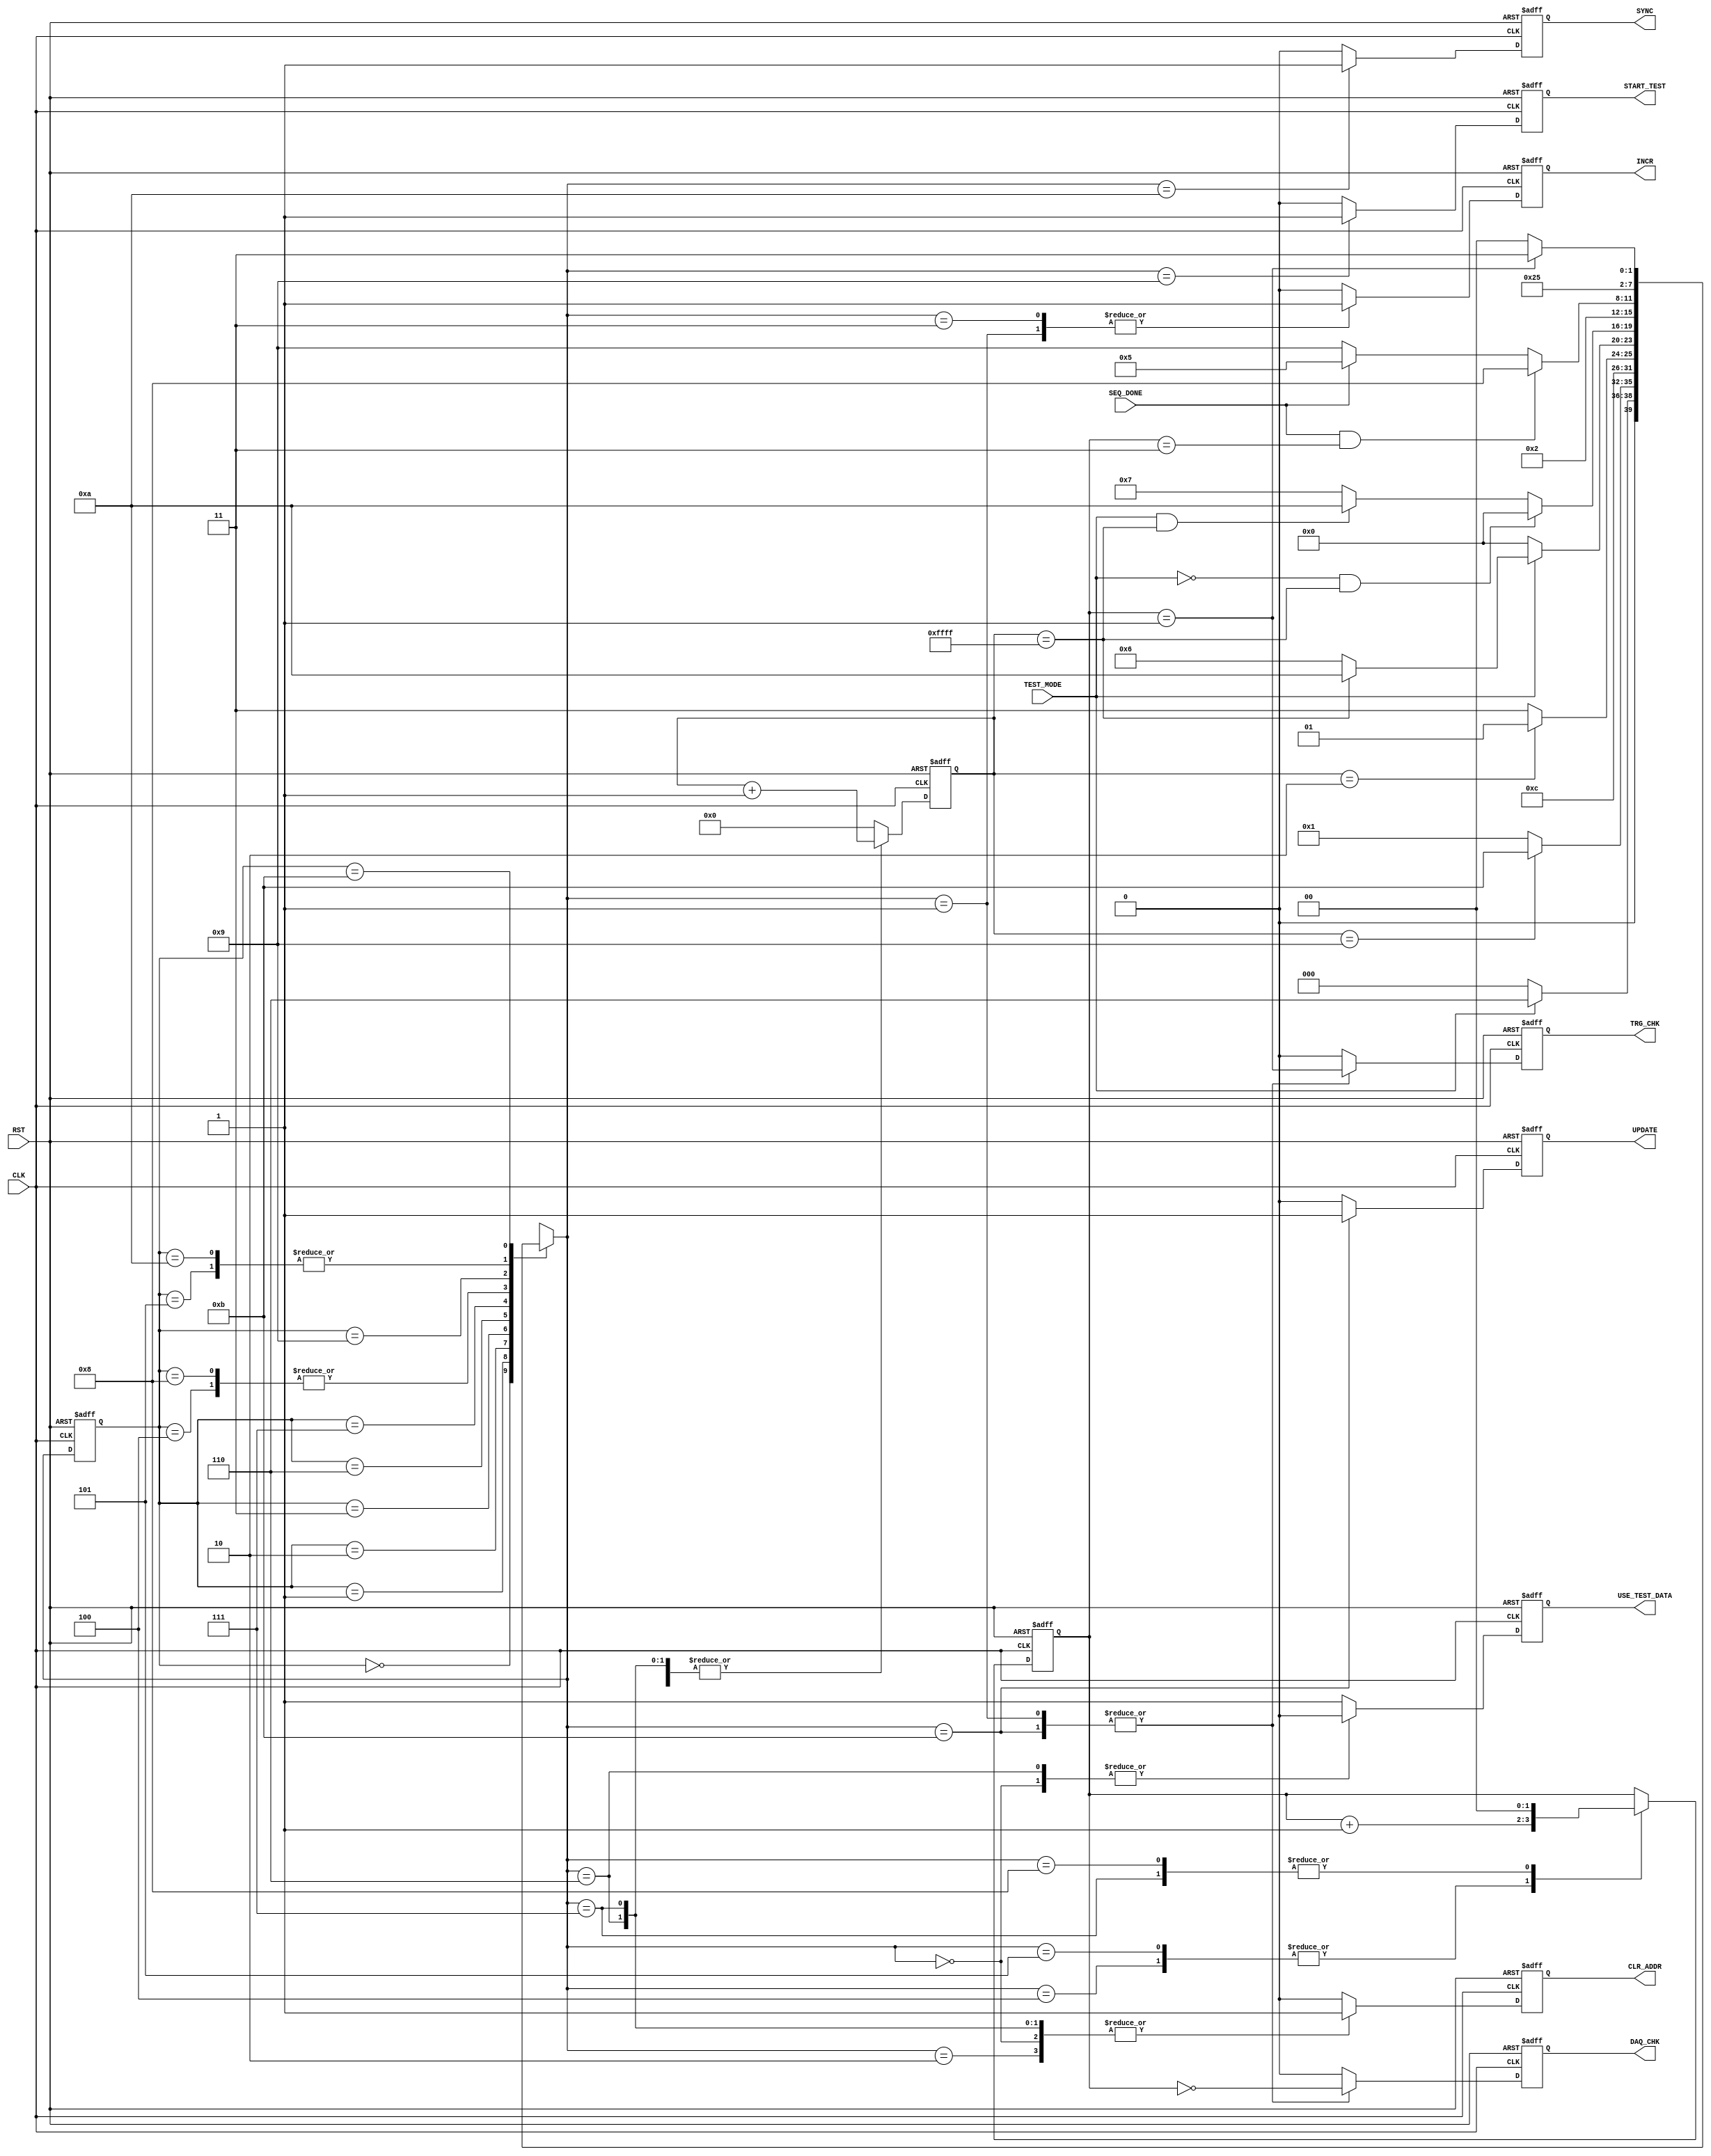

// Created by fizzim_tmr.pl version $Revision: 4.44 on 2018:12:04 at 16:33:40 (www.fizzim.com)

module Auto_Test_I2C_FSM (
  output reg CLR_ADDR,
  output reg DAQ_CHK,
  output reg INCR,
  output reg START_TEST,
  output reg SYNC,
  output reg TRG_CHK,
  output reg UPDATE,
  output reg USE_TEST_DATA,
  input CLK,
  input RST,
  input SEQ_DONE,
  input TEST_MODE 
);

  // state bits
  parameter 
  Idle        = 4'b0000, 
  Chk_Rbk     = 4'b0001, 
  Clr_Addr    = 4'b0010, 
  Inc_Addr    = 4'b0011, 
  Inc_Seq     = 4'b0100, 
  Next_Seq    = 4'b0101, 
  Pause_1     = 4'b0110, 
  Pause_2     = 4'b0111, 
  Rst_Seq     = 4'b1000, 
  Start_Test  = 4'b1001, 
  Sync        = 4'b1010, 
  Update_Errs = 4'b1011; 

  reg [3:0] state;


  reg [3:0] nextstate;


  reg [15:0] gcnt;
  reg [1:0] seq_cnt;

  // comb always block
  always @* begin
    nextstate = 4'bxxxx; // default to x because default_state_is_x is set
    case (state)
      Idle       : if      (TEST_MODE)                       nextstate = Pause_1;
                   else                                      nextstate = Idle;
      Chk_Rbk    : if      (gcnt == 16'd9)                   nextstate = Update_Errs;
                   else                                      nextstate = Chk_Rbk;
      Clr_Addr   :                                           nextstate = Inc_Addr;
      Inc_Addr   : if      (gcnt == 16'd2)                   nextstate = Chk_Rbk;
                   else                                      nextstate = Inc_Addr;
      Inc_Seq    :                                           nextstate = Clr_Addr;
      Next_Seq   :                                           nextstate = Start_Test;
      Pause_1    : if      (!TEST_MODE)                      nextstate = Idle;
                   else if (gcnt == 16'hFFFF)                nextstate = Sync;
                   else                                      nextstate = Pause_1;
      Pause_2    : if      (!TEST_MODE && gcnt == 16'hFFFF)  nextstate = Idle;
                   else if (TEST_MODE && gcnt == 16'hFFFF)   nextstate = Sync;
                   else                                      nextstate = Pause_2;
      Rst_Seq    :                                           nextstate = Clr_Addr;
      Start_Test : if      (SEQ_DONE && seq_cnt == 2'd3)     nextstate = Rst_Seq;
                   else if (SEQ_DONE)                        nextstate = Next_Seq;
                   else                                      nextstate = Start_Test;
      Sync       :                                           nextstate = Start_Test;
      Update_Errs: if      (seq_cnt == 2'd1)                 nextstate = Pause_2;
                   else                                      nextstate = Inc_Seq;
    endcase
  end

  // Assign reg'd outputs to state bits

  // sequential always block
  always @(posedge CLK or posedge RST) begin
    if (RST)
      state <= Idle;
    else
      state <= nextstate;
  end

  // datapath sequential always block
  always @(posedge CLK or posedge RST) begin
    if (RST) begin
      CLR_ADDR <= 0;
      DAQ_CHK <= 0;
      INCR <= 0;
      START_TEST <= 0;
      SYNC <= 0;
      TRG_CHK <= 0;
      UPDATE <= 0;
      USE_TEST_DATA <= 0;
      gcnt <= 16'h0000;
      seq_cnt <= 2'd0;
    end
    else begin
      CLR_ADDR <= 0; // default
      DAQ_CHK <= 0; // default
      INCR <= 0; // default
      START_TEST <= 0; // default
      SYNC <= 0; // default
      TRG_CHK <= 0; // default
      UPDATE <= 0; // default
      USE_TEST_DATA <= 1; // default
      gcnt <= 16'h0000; // default
      seq_cnt <= seq_cnt; // default
      case (nextstate)
        Idle       : begin
                            CLR_ADDR <= 1;
                            USE_TEST_DATA <= 0;
        end
        Chk_Rbk    : begin
                            DAQ_CHK <= seq_cnt == 2'd0;
                            INCR <= 1;
                            TRG_CHK <= seq_cnt == 2'd1;
                            gcnt <= gcnt + 1;
        end
        Clr_Addr   :        CLR_ADDR <= 1;
        Inc_Addr   : begin
                            INCR <= 1;
                            gcnt <= gcnt + 1;
        end
        Inc_Seq    :        seq_cnt <= seq_cnt +1;
        Next_Seq   :        seq_cnt <= seq_cnt + 1;
        Pause_1    : begin
                            CLR_ADDR <= 1;
                            USE_TEST_DATA <= 0;
                            gcnt <= gcnt + 1;
        end
        Pause_2    : begin
                            CLR_ADDR <= 1;
                            gcnt <= gcnt + 1;
                            seq_cnt <= 2'd0;
        end
        Rst_Seq    :        seq_cnt <= 2'd0;
        Start_Test :        START_TEST <= 1;
        Sync       :        SYNC <= 1;
        Update_Errs: begin
                            DAQ_CHK <= seq_cnt == 2'd0;
                            TRG_CHK <= seq_cnt == 2'd1;
                            UPDATE <= 1;
        end
      endcase
    end
  end

  // This code allows you to see state names in simulation
  `ifndef SYNTHESIS
  reg [87:0] statename;
  always @* begin
    case (state)
      Idle       : statename = "Idle";
      Chk_Rbk    : statename = "Chk_Rbk";
      Clr_Addr   : statename = "Clr_Addr";
      Inc_Addr   : statename = "Inc_Addr";
      Inc_Seq    : statename = "Inc_Seq";
      Next_Seq   : statename = "Next_Seq";
      Pause_1    : statename = "Pause_1";
      Pause_2    : statename = "Pause_2";
      Rst_Seq    : statename = "Rst_Seq";
      Start_Test : statename = "Start_Test";
      Sync       : statename = "Sync";
      Update_Errs: statename = "Update_Errs";
      default    : statename = "XXXXXXXXXXX";
    endcase
  end
  `endif

endmodule